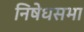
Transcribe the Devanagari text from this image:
निषेधसभा